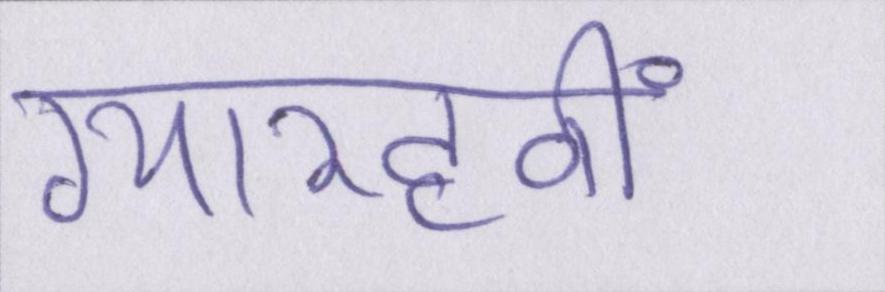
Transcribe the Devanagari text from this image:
ग्यारहवीं